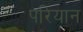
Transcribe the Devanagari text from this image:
परियान